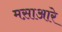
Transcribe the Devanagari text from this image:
मस़ाआरे